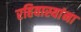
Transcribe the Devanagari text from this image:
रहिवास्यांना